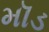
મૉડ